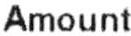
AMOUNT